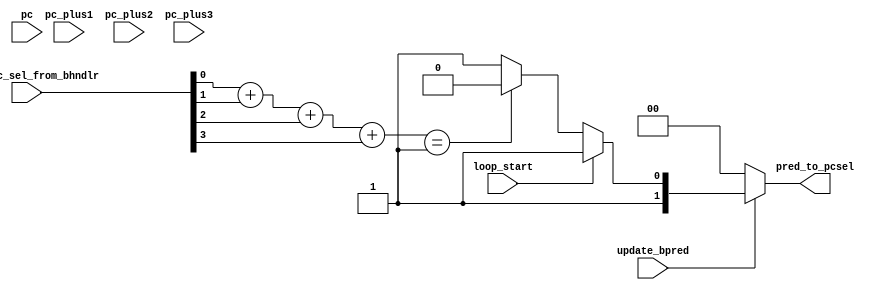
`timescale 1ns / 1ps
//////////////////////////////////////////////////////////////////////////////////
// Company: 
// Engineer: 
// 
// Design Name: 
// Module Name:    branchPredictor 
// Project Name: 
// Target Devices: 
// Tool versions: 
// Description: 
//
// Dependencies: 
//
// Revision: 
// Revision 0.01 - File Created
// Additional Comments: 
//
//////////////////////////////////////////////////////////////////////////////////
module branchPredictor(
    input [3:0] brnch_pc_sel_from_bhndlr,
    input update_bpred,
    input loop_start,
    input [15:0] pc,
    input [15:0] pc_plus1,
    input [15:0] pc_plus2,
    input [15:0] pc_plus3,
    output [1:0] pred_to_pcsel
   
    );

///////////////////////////////////////
//=======always TAKEN branch=========//
///////////////////////////////////////
wire [1:0] numbrnch;
assign numbrnch=brnch_pc_sel_from_bhndlr[0]+brnch_pc_sel_from_bhndlr[1]+brnch_pc_sel_from_bhndlr[2]+brnch_pc_sel_from_bhndlr[3];
assign pred_to_pcsel=(update_bpred)?((loop_start)?2'b11:((numbrnch==1)?2'b10:2'b11)):2'b00;

//assign brnch_pc_sel_from_bhndlr=brnch_pc_sel_from_bhndlr;



///////////////////////////////////////
//======1level dynamic predictor=====//
///////////////////////////////////////




///////////////////////////////////////
//======1level dynamic predictor=====//
///////////////////////////////////////



endmodule